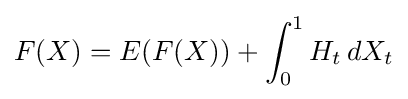
F(X)=E(F(X))+\int _{0}^{1}H_{t}\,dX_{t}